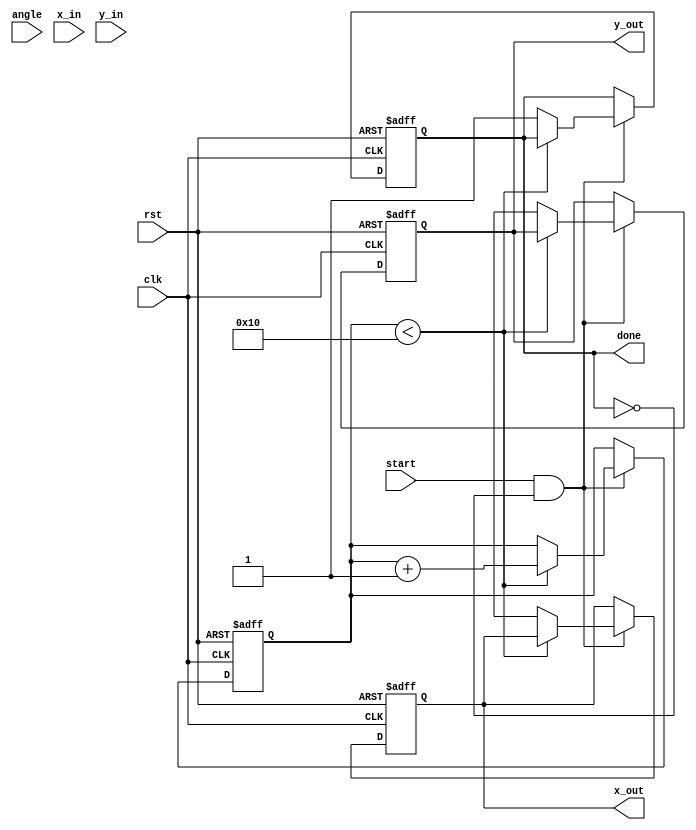
module modified_cordic (
    input wire clk,
    input wire rst,
    input wire start,
    input wire [15:0] angle, // Angle input in radians (fixed-point)
    input wire [15:0] x_in, // Initial X coordinate
    input wire [15:0] y_in, // Initial Y coordinate
    output reg [15:0] x_out, // Final X coordinate output
    output reg [15:0] y_out, // Final Y coordinate output
    output reg done // Signal to indicate completion
);

// Parameters
parameter NUM_ITERATIONS = 16; // Number of iterations for CORDIC
parameter FIXED_POINT_SCALE = 16'h4000; // Scaling factor (2^14)

// Internal signals
reg [15:0] x [0:NUM_ITERATIONS-1]; // X coordinates
reg [15:0] y [0:NUM_ITERATIONS-1]; // Y coordinates
reg [15:0] theta [0:NUM_ITERATIONS-1]; // Angle table
reg [3:0] iteration_count; // Iteration counter
reg [15:0] current_angle; // Current angle for comparison
reg [15:0] z; // Angle for rotation

// Angle table initialization for CORDIC
initial begin
    theta[0] = 16'h2000; // atan(2^-0)
    theta[1] = 16'h1000; // atan(2^-1)
    theta[2] = 16'h0800; // atan(2^-2)
    theta[3] = 16'h0400; // atan(2^-3)
    theta[4] = 16'h0200; // atan(2^-4)
    theta[5] = 16'h0100; // atan(2^-5)
    theta[6] = 16'h0080; // atan(2^-6)
    theta[7] = 16'h0040; // atan(2^-7)
    theta[8] = 16'h0020; // atan(2^-8)
    theta[9] = 16'h0010; // atan(2^-9)
    theta[10] = 16'h0008; // atan(2^-10)
    theta[11] = 16'h0004; // atan(2^-11)
    theta[12] = 16'h0002; // atan(2^-12)
    theta[13] = 16'h0001; // atan(2^-13)
    theta[14] = 16'h0000; // atan(2^-14)
    theta[15] = 16'hFFFF; // atan(2^-15)
end

// State machine for CORDIC computation
always @(posedge clk or posedge rst) begin
    if (rst) begin
        iteration_count <= 0;
        x[0] <= x_in;
        y[0] <= y_in;
        current_angle <= angle;
        done <= 0;
        x_out <= 0;
        y_out <= 0;
    end else if (start && !done) begin
        if (iteration_count < NUM_ITERATIONS) begin
            // Perform CORDIC rotation
            if (current_angle > 0) begin
                z <= current_angle - theta[iteration_count];
                x[iteration_count+1] <= x[iteration_count] - (y[iteration_count] >> iteration_count);
                y[iteration_count+1] <= y[iteration_count] + (x[iteration_count] >> iteration_count);
            end else begin
                z <= current_angle + theta[iteration_count];
                x[iteration_count+1] <= x[iteration_count] + (y[iteration_count] >> iteration_count);
                y[iteration_count+1] <= y[iteration_count] - (x[iteration_count] >> iteration_count);
            end
            current_angle <= z;
            iteration_count <= iteration_count + 1;
        end else begin
            // Final output after all iterations
            x_out <= x[NUM_ITERATIONS];
            y_out <= y[NUM_ITERATIONS];
            done <= 1;
        end
    end
end

endmodule